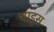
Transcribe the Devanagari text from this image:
चाइस